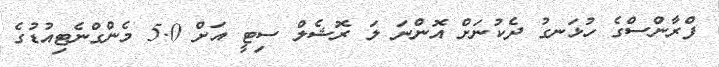
ފްރާންސްގެ ހުޅަނގު ދެކުނަށް އޮންނަ ލަ ރޮޝެލް ސިޓީ އަށް 5.0 މެންގްނެޓިއުޑުގެ